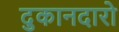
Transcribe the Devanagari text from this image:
दुकानदारो